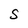
Character: S